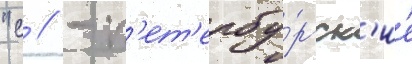
"с // - п'ет'ербу́ргск'ие